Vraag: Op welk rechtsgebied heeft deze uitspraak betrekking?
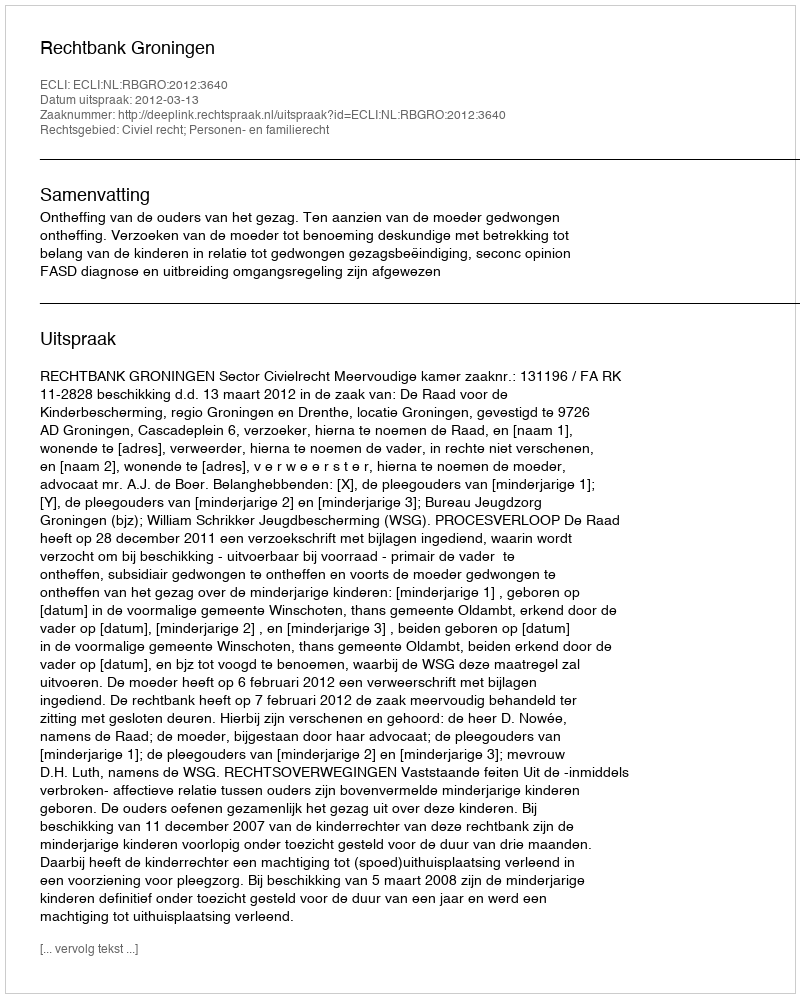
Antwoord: Civiel recht; Personen- en familierecht